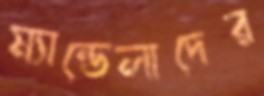
ম্যান্ডেলাদের